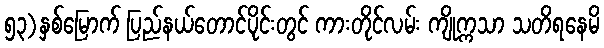
၅၃)နှစ်မြောက် ပြည်နယ်တောင်ပိုင်းတွင် ကားတိုင်လမ်း ကျိုက္ကသာ သတိရနေမိ